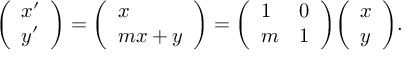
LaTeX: { \left( \begin{array} { l } { x ^ { \prime } } \\ { y ^ { \prime } } \end{array} \right) } = { \left( \begin{array} { l } { x } \\ { m x + y } \end{array} \right) } = { \left( \begin{array} { l l } { 1 } & { 0 } \\ { m } & { 1 } \end{array} \right) } { \left( \begin{array} { l } { x } \\ { y } \end{array} \right) } .